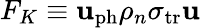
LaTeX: F_{K}\equiv\mathbf{u}_{\mathrm{{ph}}}\rho_{n}\sigma_{\mathrm{{tr}}}\mathbf{u}